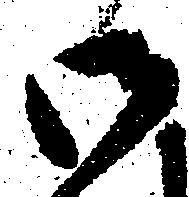
御